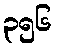
၃၅၆